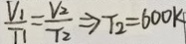
\frac { V _ { 1 } } { T _ { 1 } } = \frac { V _ { 2 } } { T _ { 2 } } \Rightarrow T _ { 2 } = 6 0 0 k